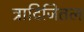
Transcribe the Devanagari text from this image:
त्रादिजितल